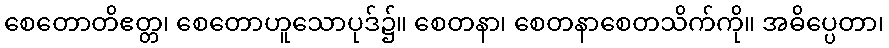
စေတောတိဧတ္တ၊ စေတောဟူသောပုဒ်၌။ စေတနာ၊ စေတနာစေတသိက်ကို။ အဓိပ္ပေတာ၊